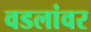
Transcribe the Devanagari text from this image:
वडलांवर